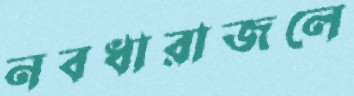
নবধারাজলে